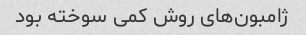
ژامبون‌های روش کمی سوخته بود